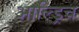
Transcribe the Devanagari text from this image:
आल्ड्रिच